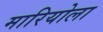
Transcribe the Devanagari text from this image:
मारियोला